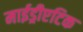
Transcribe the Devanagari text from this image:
माईड्रीएटिक